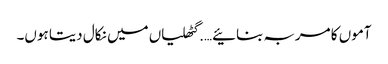
آموں کا مربہ بنائیے….گٹھلیاں میں نکال دیتا ہوں۔